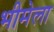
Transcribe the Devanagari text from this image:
भीमेला